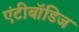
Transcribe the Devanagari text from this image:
एंटीबॉडिज